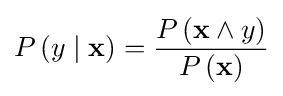
P\left(y\mid \mathbf {x} \right)={\frac {P\left(\mathbf {x} \land y\right)}{P\left(\mathbf {x} \right)}}